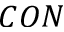
C O N